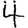
Digit: 4